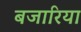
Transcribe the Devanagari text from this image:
बजारिया